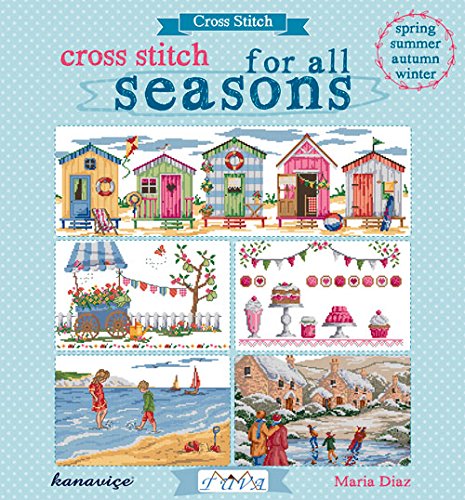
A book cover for Cross Stitch For All Seasons; Maria Diaz; Crafts, Hobbies & Home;